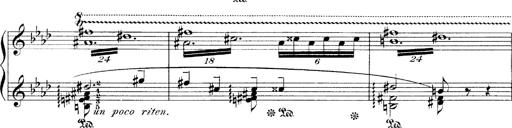
Title: LiebestrÃ¤ume
Composer: Franz Behr
Key: E-flat major